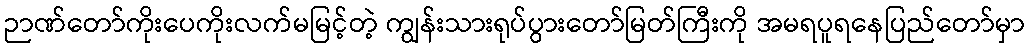
ဉာဏ်တော်ကိုးပေကိုးလက်မမြင့်တဲ့ ကျွန်းသားရုပ်ပွားတော်မြတ်ကြီးကို အမရပူရနေပြည်တော်မှာ